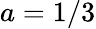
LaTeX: a=1/3